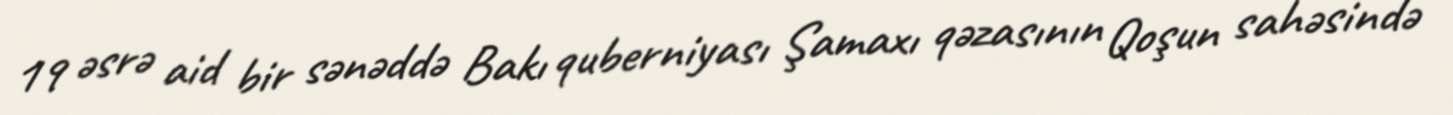
19 əsrə aid bir sənəddə Bakı quberniyası Şamaxı qəzasının Qoşun sahəsində